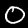
Digit: 0